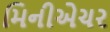
મિનીએચર